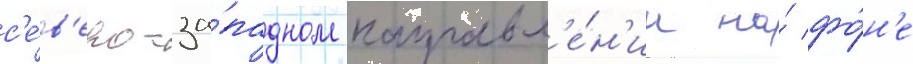
с'е́в'еро-за́падном направл'е́н'ии на́ фо́н'е